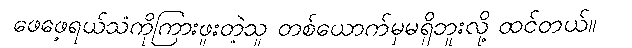
ဖေဖေ့ရယ်သံကိုကြားဖူးတဲ့သူ တစ်ယောက်မှမရှိဘူးလို့ ထင်တယ်။